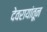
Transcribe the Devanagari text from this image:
देवरायांतून